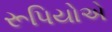
રૂપિયોએ